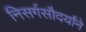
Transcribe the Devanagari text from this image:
निसर्गसौदर्यांने